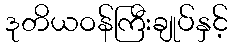
ဒုတိယဝန်ကြီးချုပ်နှင့်